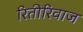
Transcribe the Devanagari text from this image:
रितीरिवाज